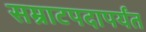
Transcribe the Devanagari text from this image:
सम्राटपदापर्यंत